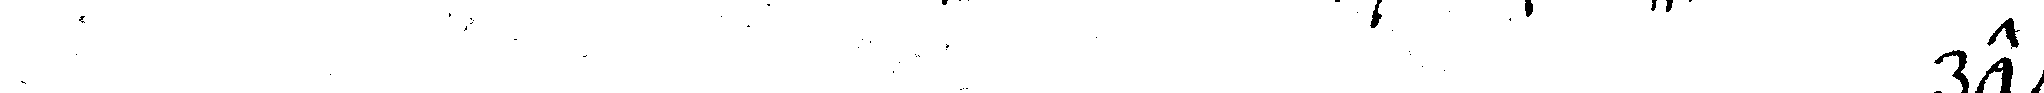
# ret